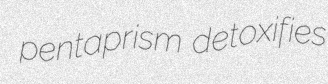
pentaprism detoxifies